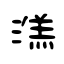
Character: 溔